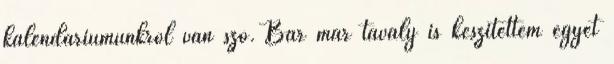
kalendáriumunkról van szó. Bár már tavaly is készítettem egyet